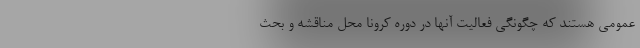
عمومی هستند که چگونگی فعالیت آنها در دوره کرونا محل مناقشه و بحث